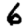
Digit: 6